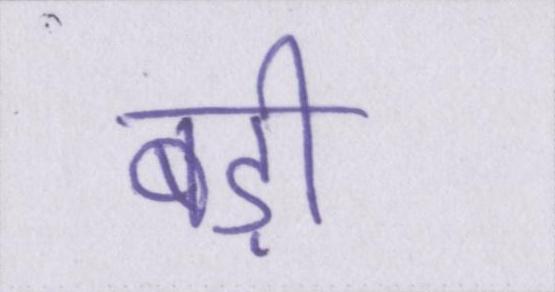
बड़ी